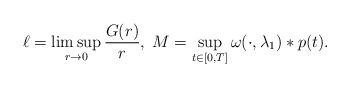
LaTeX: \begin{align*}\ell = \limsup_{r\to 0}\frac{G(r)}r,\; M= \sup_{t\in [0,T]}\omega(\cdot,\lambda_1)*p(t).\end{align*}